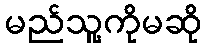
မည်သူ့ကိုမဆို